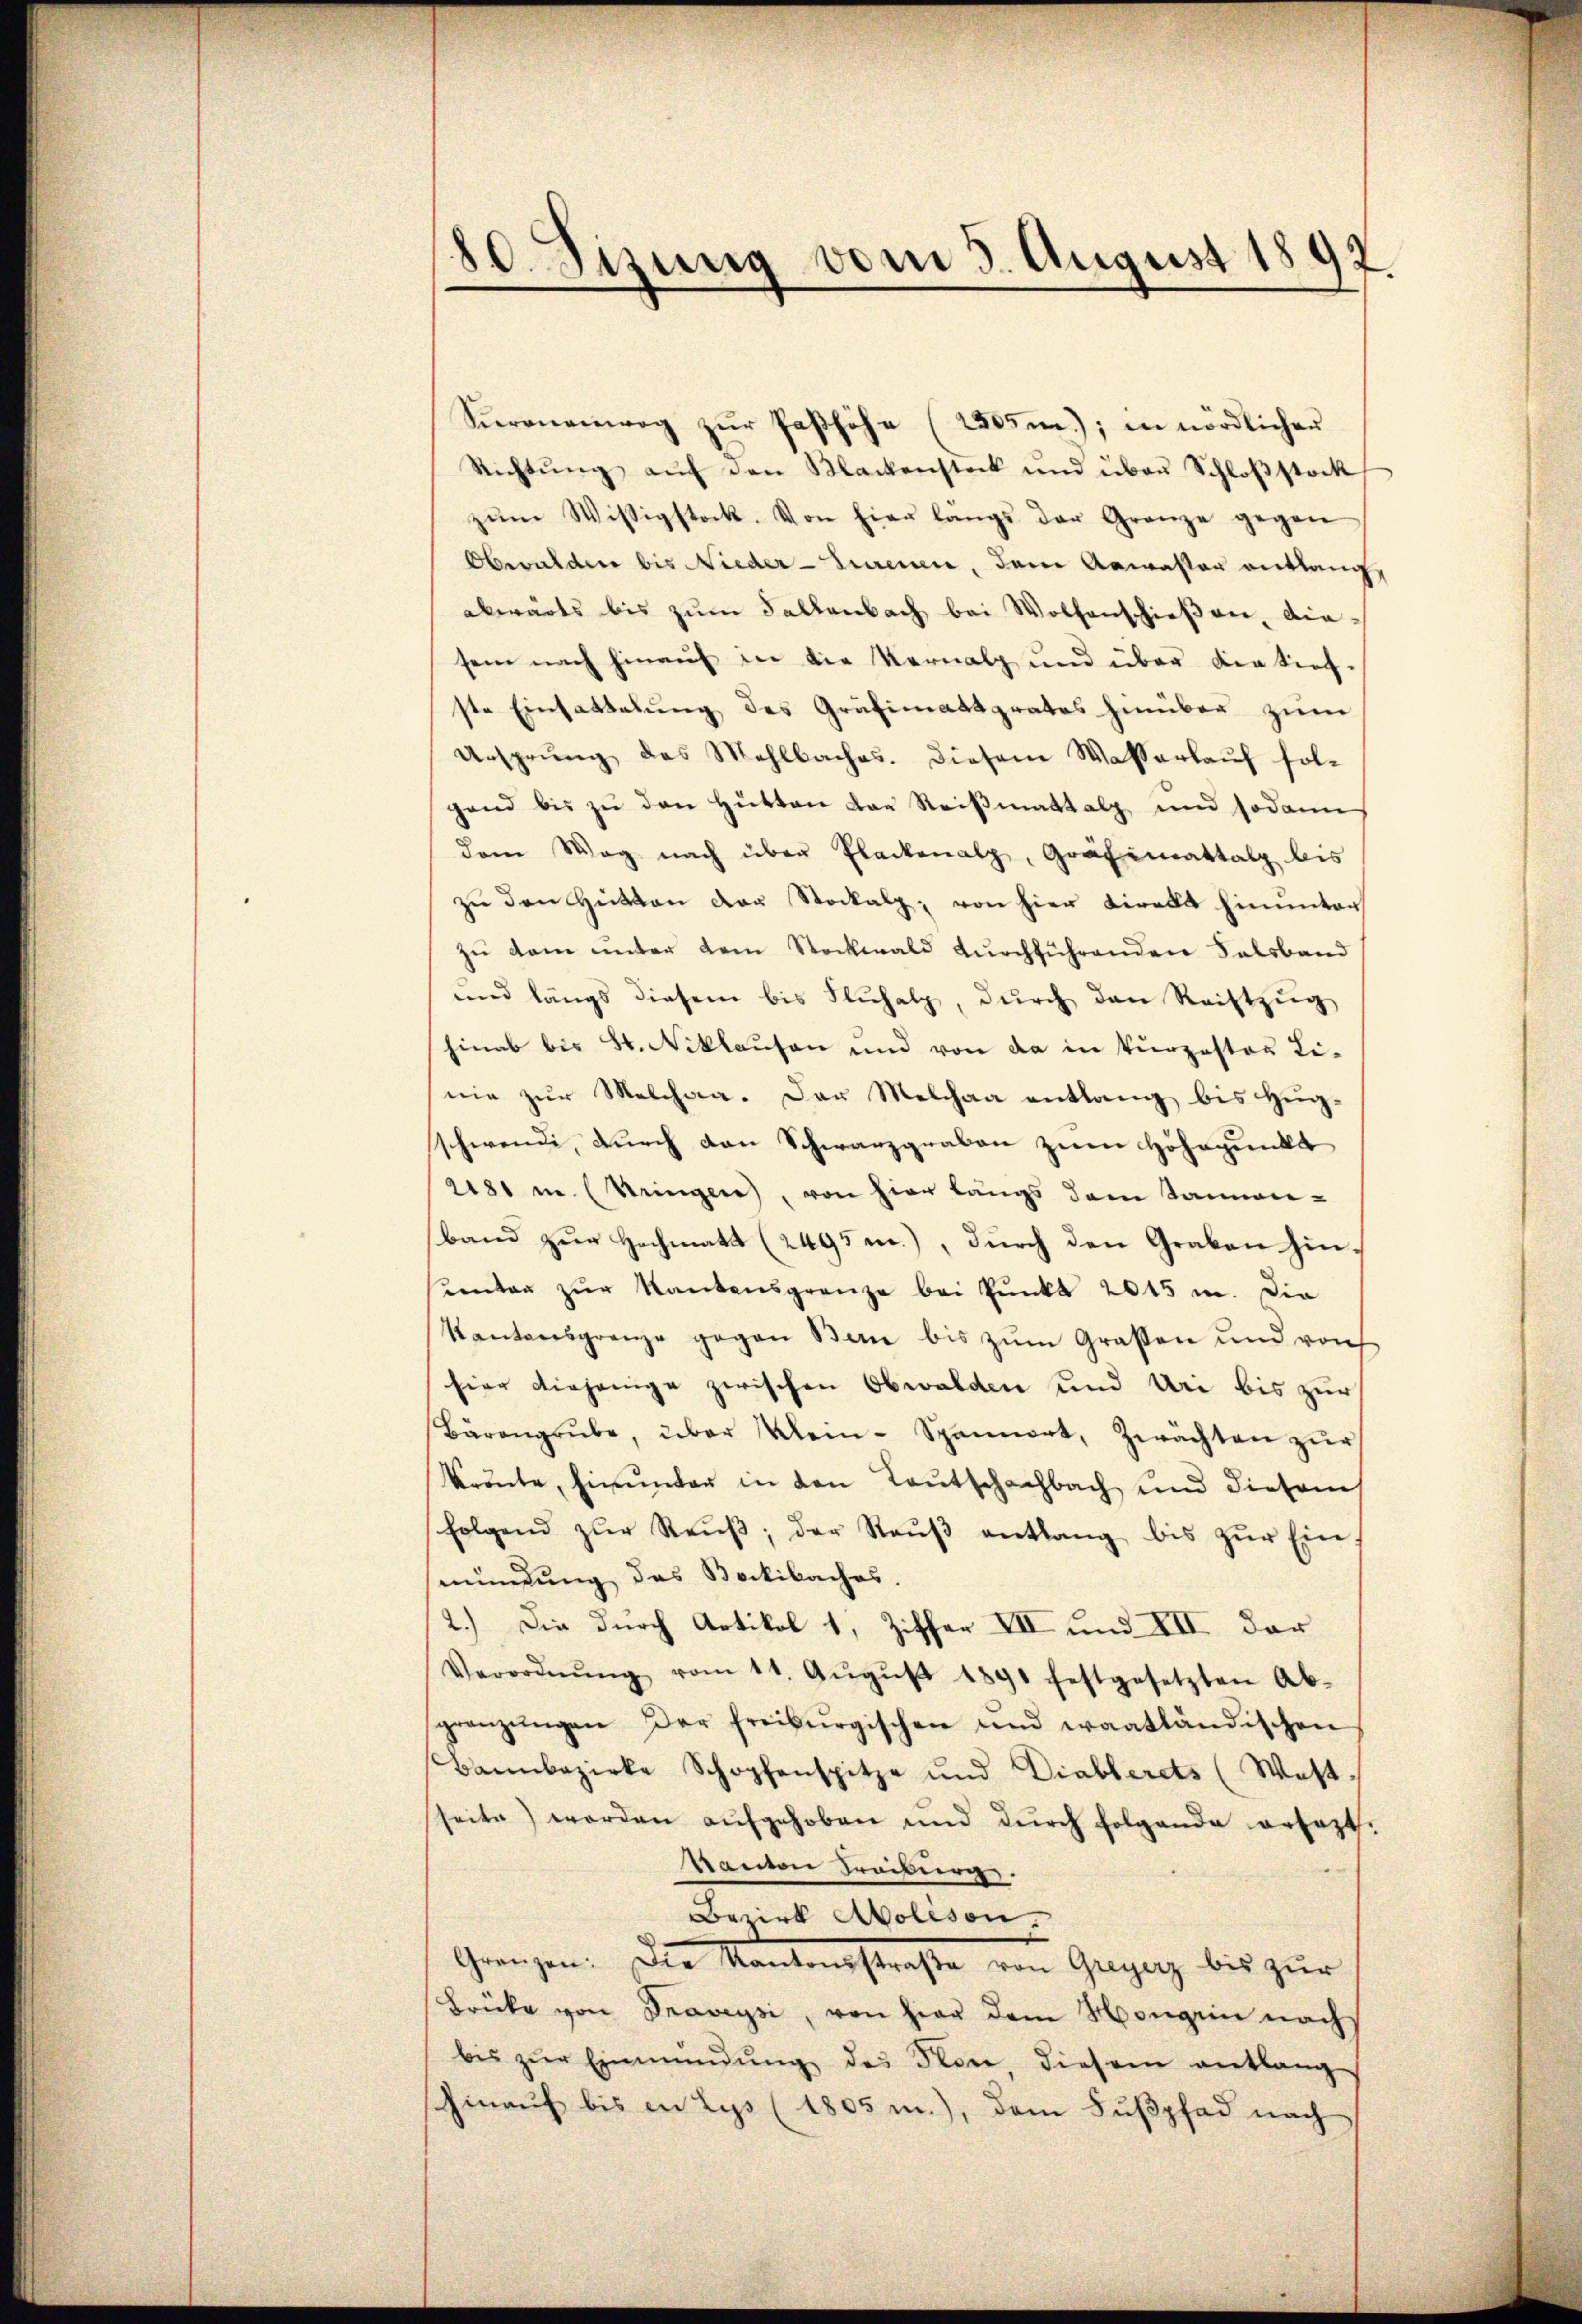
80 Sizung vom 3. August 1897.

Seronenweg zŭr Passhöhe (2305); in nördlicher
Richtŭng aŭf den Klackenstock und über Schloβstock
zŭm Wissigstock. Von hier langs der Granze gegen
Obwalden bis Nieder-Sammen, dem Aawasser entlang
abwärts bis zŭm Fallenbach bei Wolfenschießen, diesein nach hinauf in die Vornalp und über der tief-
ste Einsattelung des Gräfimatsgrates hinüber zum
Ursprung des Mehlbaches. diesem Wasserlaŭf fol-
gend bis zŭ den Hütten der Reiβmattalp und sodann
dem Weg nach über Plackenalp, Gräfimattal bis
zu den Hütten der Stockalp, von hier Direkt hinunter
zŭ dem ŭnter dem Stockwald dŭrchführenden Salsband
und längs diesem bis Fluhalp, dŭrch den Reiftzŭg
hinab bis St. Niklausen und von da in kurzestes Li-
nie zur Melchaa. Der Melchaa entlang bis Hugschwendi, durch den Schwarzgraben zum Höhepunkt
2481 i (Kringer, von hier längs dem Sanen-
band zur Hochmatt (2495 m.), durch den Graben hinunter zŭr Kantonsgrenze bei Punkt 2015 m. Die
Kantonsgrenze gegen Bern bis zŭm Grasen und von
hier diejenige zwischen Obwalden und Uri bis zur
Bärengrŭbe, über Klein- Spannert, Zwachten zŭr
krönte, hinunter in den Teutschachbach, und diesem
folgend zŭr Reŭβ, der Raŭβ entlang bis zŭr Ein
mündung des Bockibaches.
2.) Die durch Artikel 1, Ziffer VII und VII der
Verordnŭng vom 11. Aŭgŭst 1891 festgesetzten Ab-
gränzŭngen der freiburgischen und waatländischen
Bannbezirke Schopfenspitze und Diablerets (West-
seite werden aŭfgehoben und dŭrch folgende ersezt.
Kanton Freiburg.
Bezirk Aolison.
Grenzen. Die Kantonsstraße von Gegenz bis zur
Brücke von Traveysi, von hier dem Horgen nach
bis zŭr Einmündŭng des von diesem entlang
hinauf bis in Lys (1805 m.), dem Fußpfad nach